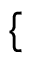
\mathopen { } \mathclose \bgroup \left\{ \begin{array} { r l r l } \end{array} \aftergroup \egroup \right.